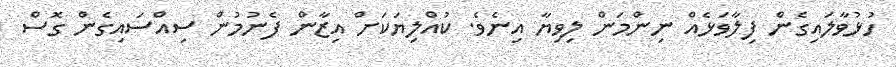
ހުޅުވާލައިގެން ފިލާވަޅެއް ނިންމަން ލިވިޔާ އިނެވެ. ކުއްލިޔަކަށް އިޒާން ފެނުމުން ސިއްސައިގެން ގޮސް